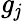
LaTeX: {\mathit{g}}_{\mathit{j}}